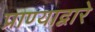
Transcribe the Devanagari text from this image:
प्राण्याद्वारे